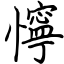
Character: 懧